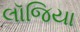
લૉજિયા